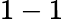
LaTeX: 1-1